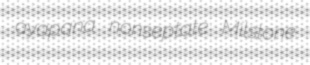
ayapana nonseptate Milstone